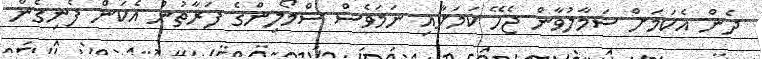
ދެން އެކަމަށް ސަމާލުވާން ޖެހޭ ކަމަށާއި ނަމަވެސް ސްމޯލިންގެ ފަރާތުން އެކަން ފެނިގެން